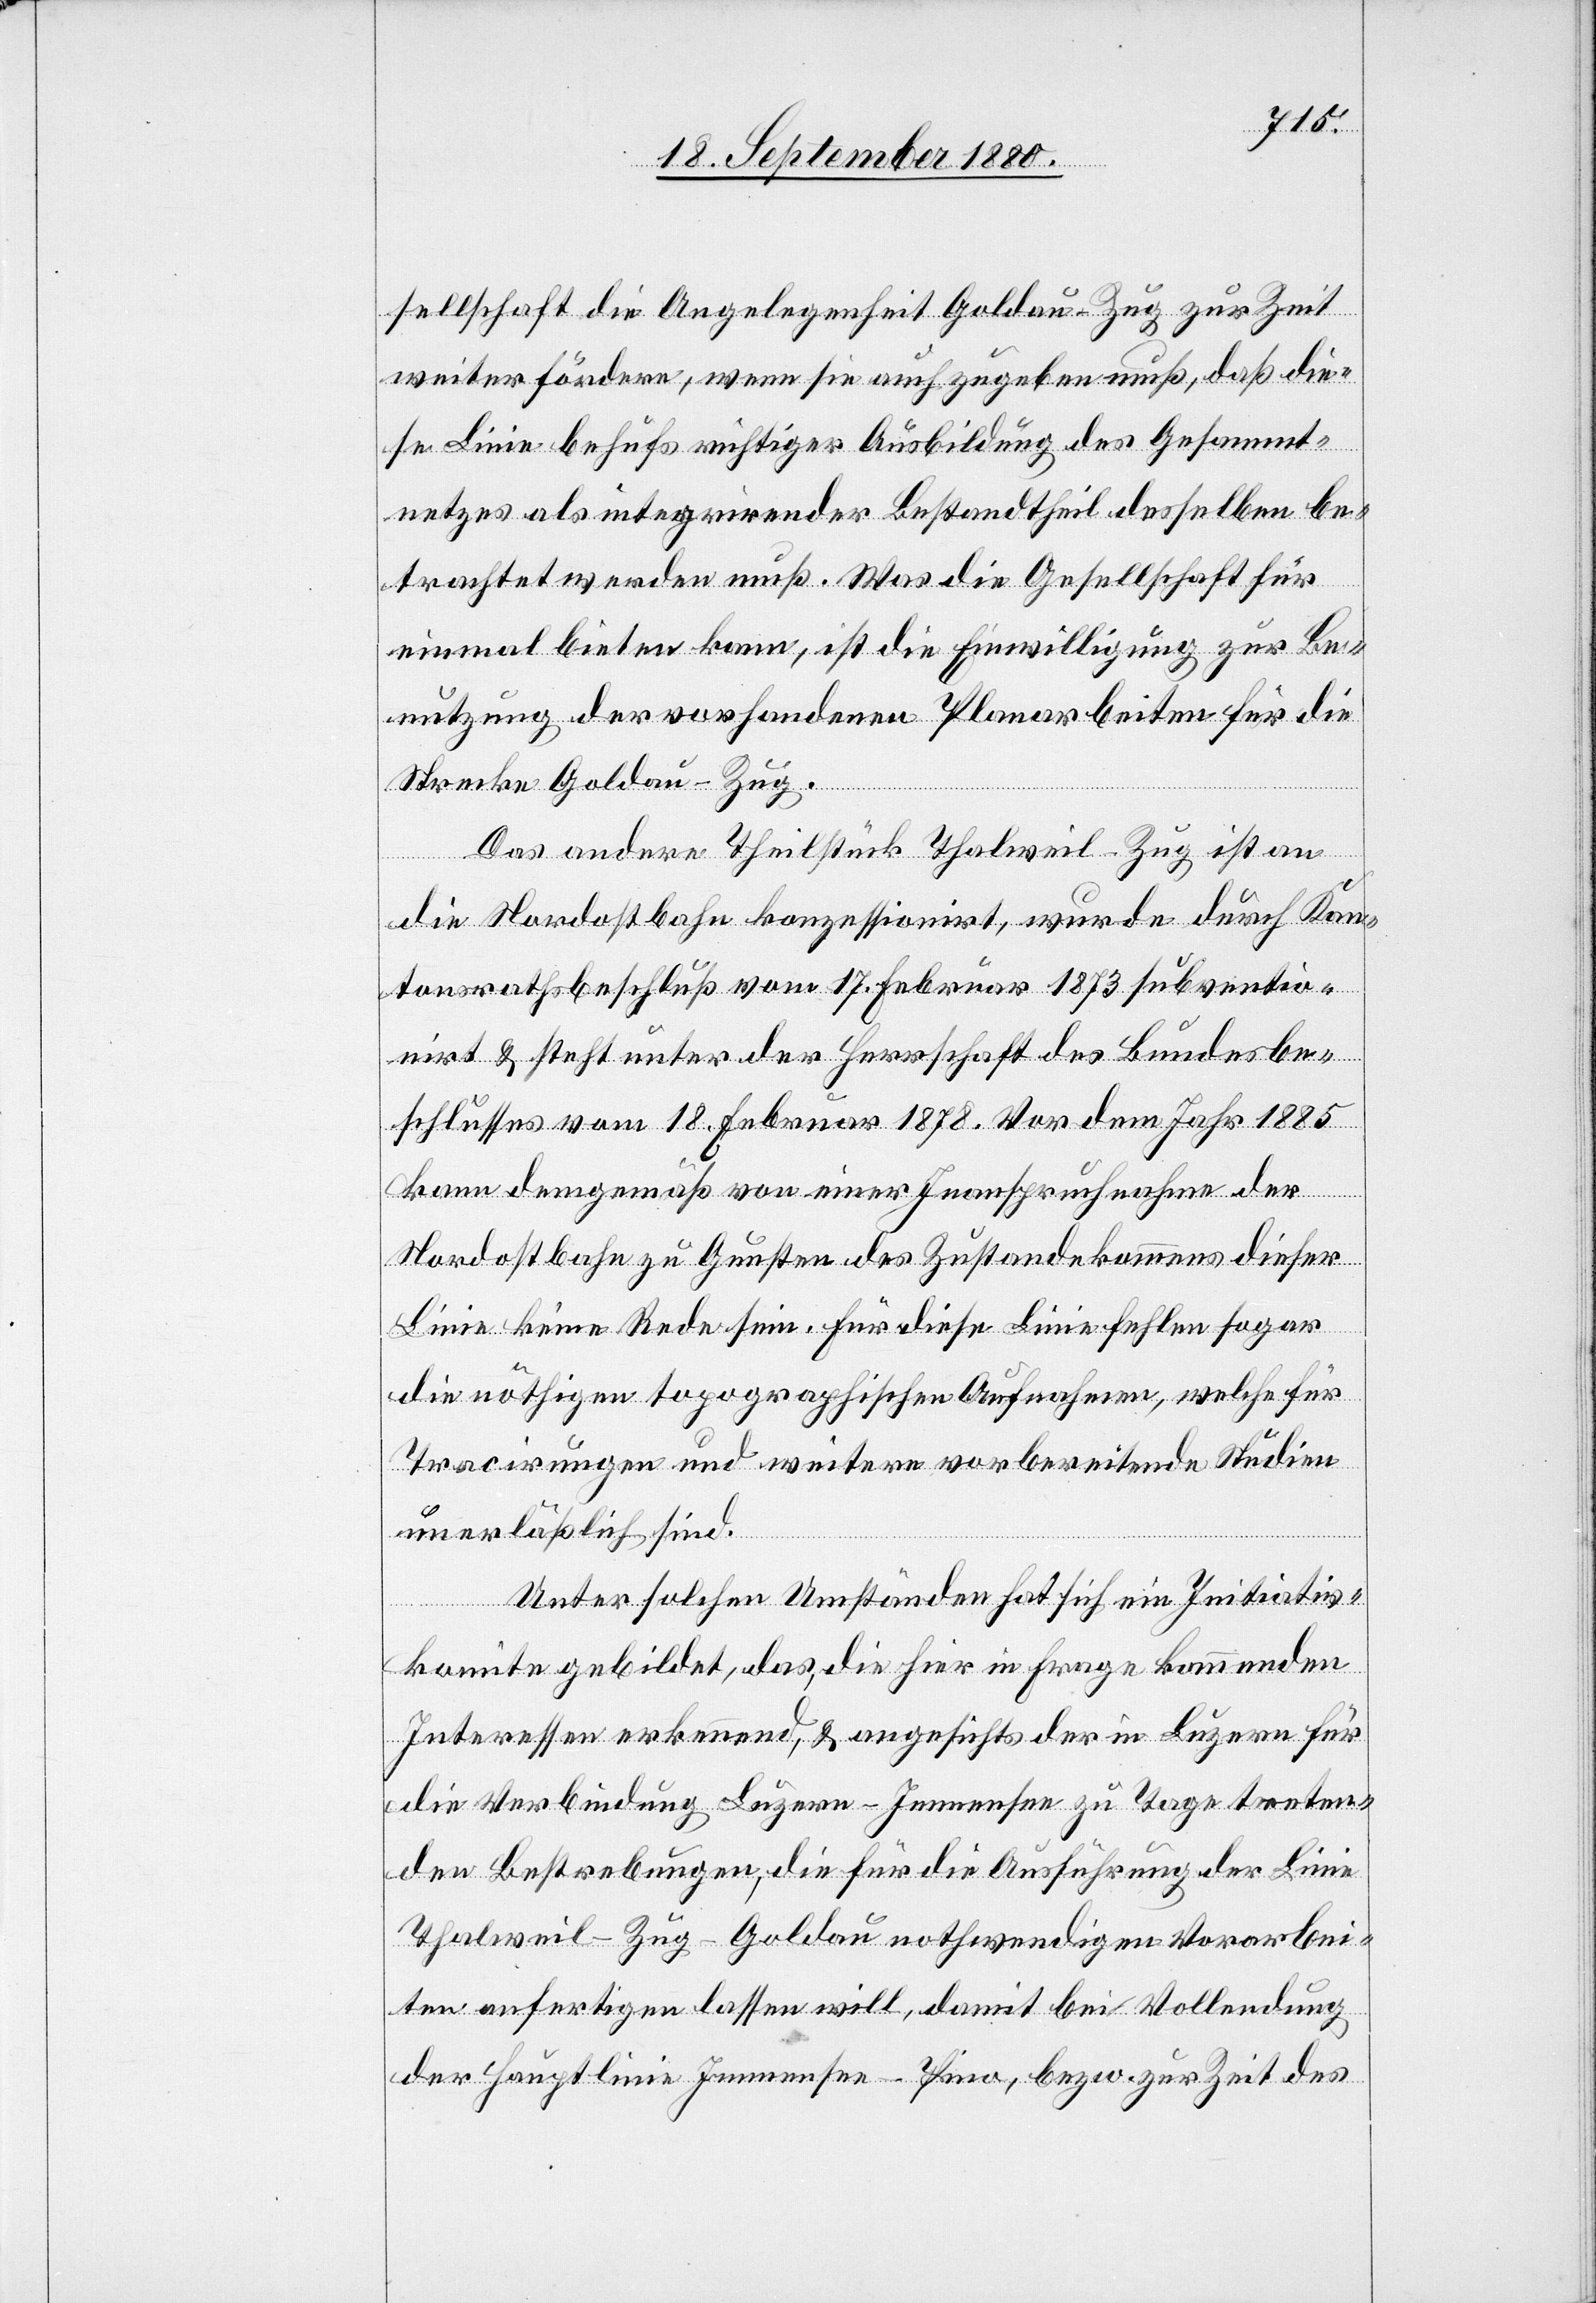
sellschaft die Angelegenheit Goldau–Zug zur Zeit
weiter fördern, wenn sie auch zugeben muß, daß die¬
se Linie behufs richtiger Ausbildung des Gesammt¬
netzes als integrirender Bestandtheil desselben be¬
trachtet werden muß. Was die Gesellschaft für
einmal bieten kann, ist die Einwilligung zur Be¬
nutzung der vorhandenen Planarbeiten für die
Strecke Goldau–Zug.
Das andere Theilstück Thalweil–Zug ist an
die Nordostbahn konzessionirt, wurde durch Kan¬
tonsrathsbeschluß vom 17. Februar 1873 subventio¬
nirt & steht unter der Herrschaft des Bundesbe¬
schlusses vom 18. Februar 1878. Vor dem Jahr 1885
kann demgemäß von einer Inanspruchnahme der
Nordostbahn zu Gunsten des Zustandekommens dieser
Linie keine Rede sein. Für diese Linie fehlen sogar
die nöthigen topographischen Aufnahmen, welche für
Tracirungen und weitere vorbereitende Studien
unerläßlich sind.
Unter solchen Umständen hat sich ein Initiativ¬
komite gebildet, das, die hier in Frage kommenden
Interessen erkennend, & angesichts der in Luzern für
die Verbindung Luzern–Immensee zu Tage treten¬
den Bestrebungen, die für die Ausführung der Linie
Thalweil–Zug– Goldau nothwendigen Vorarbei¬
ten anfertigen lassen will, damit bei Vollendung
der Hauptlinie Immensee–Pino, bezw. zur Zeit des